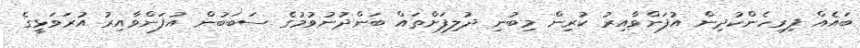
ބައެއް ފިރިހެންކުދިން އުފަންވާއިރު ކުރިން މިބުނި ދުލިފަށްތައް ބަންދުނުވުމުގެ ސަބަބުން އުފަންވާއިރު އުރަވަޅީގެ